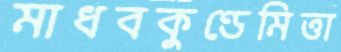
মাধবকুণ্ডেমিত্তা